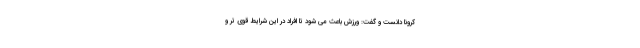
کرونا دانست و گفت: ورزش باعث می شود تا افراد در این شرایط قوی تر و